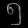
Digit: ၅